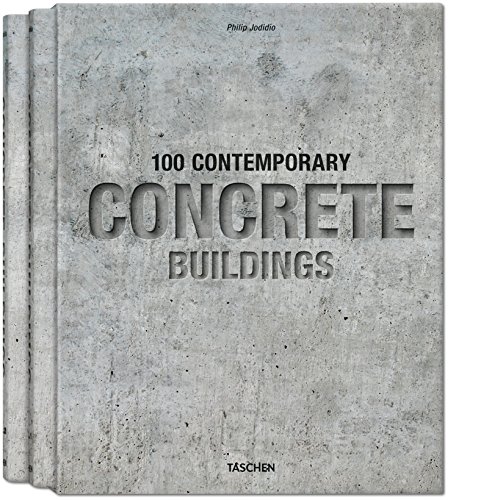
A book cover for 100 Contemporary Concrete Buildings; Arts & Photography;